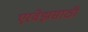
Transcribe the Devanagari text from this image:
एरवेझसाठी